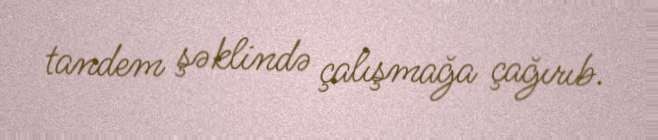
tandem şəklində çalışmağa çağırıb.